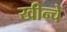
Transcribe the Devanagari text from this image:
खीन्चे